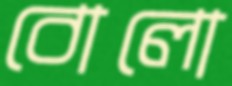
বোলো